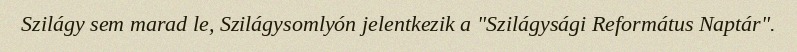
Szilágy sem marad le, Szilágysomlyón jelentkezik a "Szilágysági Református Naptár".